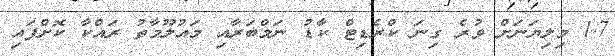
1.7 މިލިޔަނަށް ވުރެ ގިނަ ކްރެޑިޓް ކާޑު ނަމްބަރާއި މައުލޫމާތު ރައްކާ ކޮށްފައި